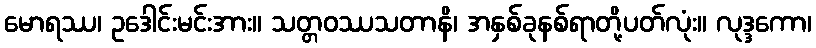
မောရဿ၊ ဥဒေါင်းမင်းအား။ သတ္တဝဿသတာနိ၊ အနှစ်ခုနစ်ရာတို့ပတ်လုံး။ လုဒ္ဒကော၊